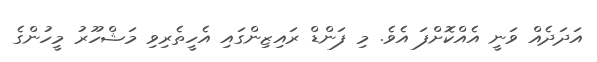
އަދަދެއް ވަނީ އެއްކޮށްފަ އެވެ. މި ފަންޑް ރައިޒިންގައި އެހީތެރިވި މަޝްހޫރު މީހުންގެ